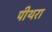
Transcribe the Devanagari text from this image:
पीथरा